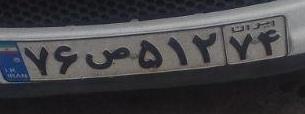
۷۶ص۵۱۲۷۴